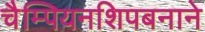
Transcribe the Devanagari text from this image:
चैम्पियनशिपबनाने